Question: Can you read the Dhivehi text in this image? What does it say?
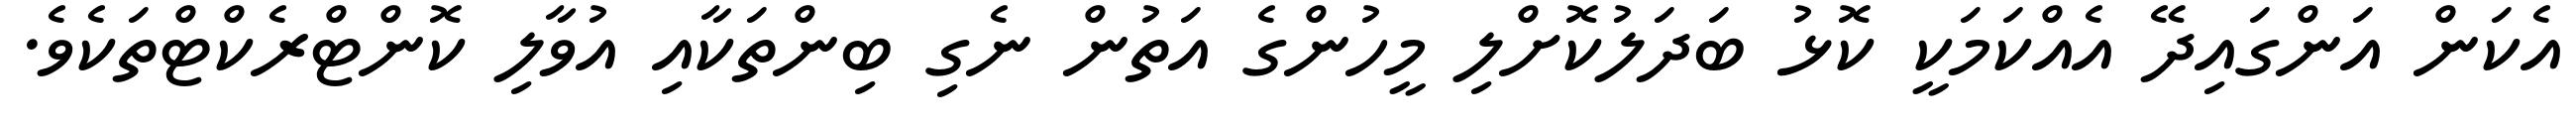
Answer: އެކަން އަންގައިދޭ އެއްކަމަކީ ކޮޅު ބަދަލުކޮށްލި މީހުންގެ އަތުން ނެގި ބިންތަކާއި އުވާލި ކޮންޓްރެކްޓްތަކެވެ.